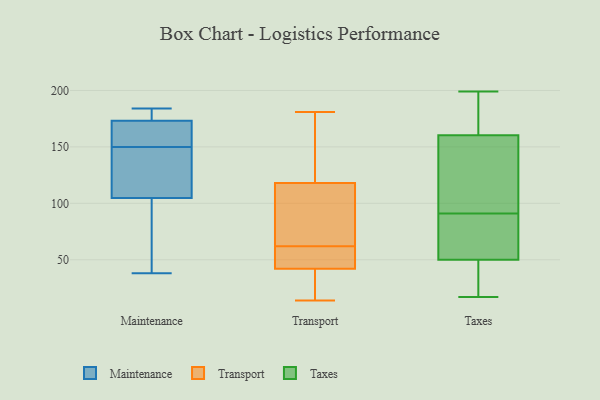
{"axis": {"x": "Satisfaction Score", "y": "Value"}, "legend": ["Maintenance", "Taxes", "Transport"], "data": [{"x": "", "y": 99, "type": "Maintenance"}, {"x": "", "y": 122, "type": "Maintenance"}, {"x": "", "y": 38, "type": "Maintenance"}, {"x": "", "y": 175, "type": "Maintenance"}, {"x": "", "y": 165, "type": "Maintenance"}, {"x": "", "y": 150, "type": "Maintenance"}, {"x": "", "y": 178, "type": "Maintenance"}, {"x": "", "y": 168, "type": "Maintenance"}, {"x": "", "y": 137, "type": "Maintenance"}, {"x": "", "y": 184, "type": "Maintenance"}, {"x": "", "y": 85, "type": "Maintenance"}, {"x": "", "y": 14, "type": "Transport"}, {"x": "", "y": 168, "type": "Transport"}, {"x": "", "y": 60, "type": "Transport"}, {"x": "", "y": 118, "type": "Transport"}, {"x": "", "y": 64, "type": "Transport"}, {"x": "", "y": 49, "type": "Transport"}, {"x": "", "y": 181, "type": "Transport"}, {"x": "", "y": 23, "type": "Transport"}, {"x": "", "y": 106, "type": "Transport"}, {"x": "", "y": 42, "type": "Transport"}, {"x": "", "y": 94, "type": "Transport"}, {"x": "", "y": 121, "type": "Transport"}, {"x": "", "y": 54, "type": "Transport"}, {"x": "", "y": 17, "type": "Transport"}, {"x": "", "y": 41, "type": "Taxes"}, {"x": "", "y": 17, "type": "Taxes"}, {"x": "", "y": 163, "type": "Taxes"}, {"x": "", "y": 146, "type": "Taxes"}, {"x": "", "y": 127, "type": "Taxes"}, {"x": "", "y": 91, "type": "Taxes"}, {"x": "", "y": 179, "type": "Taxes"}, {"x": "", "y": 48, "type": "Taxes"}, {"x": "", "y": 41, "type": "Taxes"}, {"x": "", "y": 195, "type": "Taxes"}, {"x": "", "y": 199, "type": "Taxes"}, {"x": "", "y": 70, "type": "Taxes"}, {"x": "", "y": 56, "type": "Taxes"}, {"x": "", "y": 152, "type": "Taxes"}, {"x": "", "y": 82, "type": "Taxes"}]}